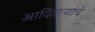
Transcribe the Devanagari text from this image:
आदितार्‍यांचे